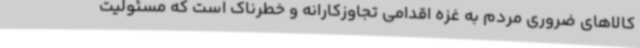
کالاهای ضروری مردم به غزه اقدامی تجاوزکارانه و خطرناک است که مسئولیت